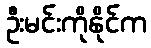
ဦးမင်းကိုနိုင်က